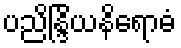
ပညိန္ဒြိယနိရောဓံ